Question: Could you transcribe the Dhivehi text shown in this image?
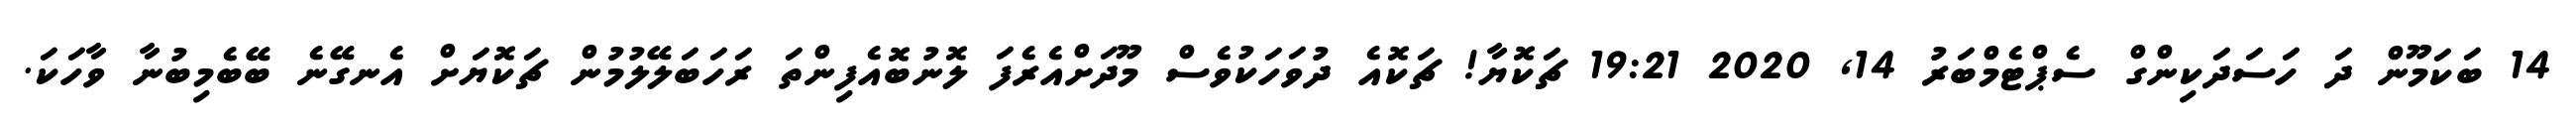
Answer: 14 ބަކަމޫން ދަ ހަސަދަކިންގް ސެޕްޓެމްބަރު 14, 2020 19:21 ޗަކޮޔާ! ޗަކޮއެ ދުވަހަކުވެސް މޫދަށްއެރެފަ ލޮނުބޮއެފިންތަ ރަހަބަލޭލުމުން ޗަކޮޔަށް އެނގޭނެ ބޭބެމިބުނާ ވާހަކަ.